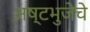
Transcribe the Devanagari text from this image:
अष्टभुजेचे